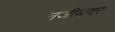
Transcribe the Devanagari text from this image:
नजीबवर